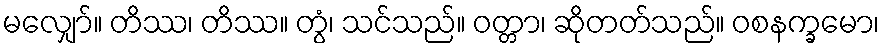
မလျှော်။ တိဿ၊ တိဿ။ တွံ၊ သင်သည်။ ဝတ္တာ၊ ဆိုတတ်သည်။ ဝစနက္ခမော၊